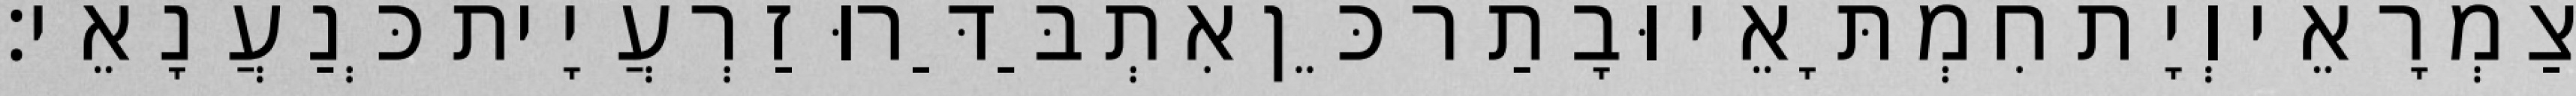
צַמְרָאֵי וְיָת חִמְתָּאֵי וּבָתַר כֵּן אִתְבַּדַּרוּ זַרְעֲיָית כְּנַעֲנָאֵי׃